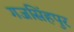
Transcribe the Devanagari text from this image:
गजसिंहपुर